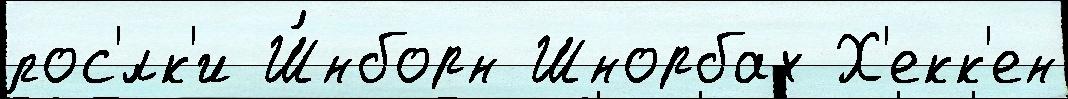
пос'́лк'и Ш́нборн Шнорбах Х'екк'ен